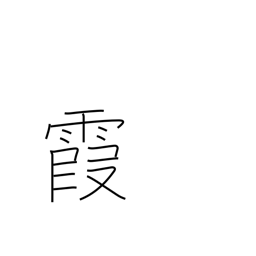
Meaning: be hazy